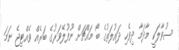
ސުވާލަކީ މާދަމާ ދިވެހި ދައުލަތުގެ ބޯ މައްޗަށް ނޫފުލޭވަރުގެ ބަރެއް ވެއްޓިޖެ ނަމަ